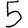
Digit: 5